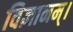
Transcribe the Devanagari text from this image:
विज्ञानम्।